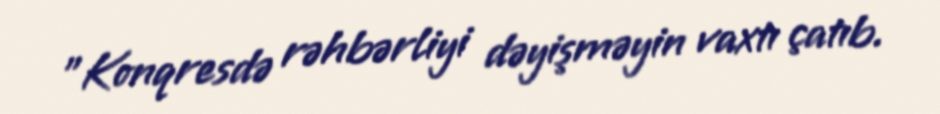
"Konqresdə rəhbərliyi dəyişməyin vaxtı çatıb.